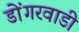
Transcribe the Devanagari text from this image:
डोंगरवाडी